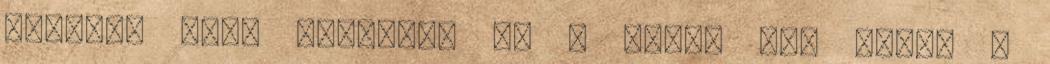
Erebosz lett gyermeke és a sötét Éj, szült a